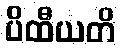
ပိထီယတိ